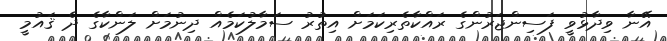
އޭނާ ވިދާޅުވީ ފަސިންޖަރުންގެ ރައްކާތެރިކަމަށް އިތުރު ސަމާލުކަމެއް ދިނުމަށް ލަންކާގެ ދެ ޤައުމީ